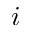
i